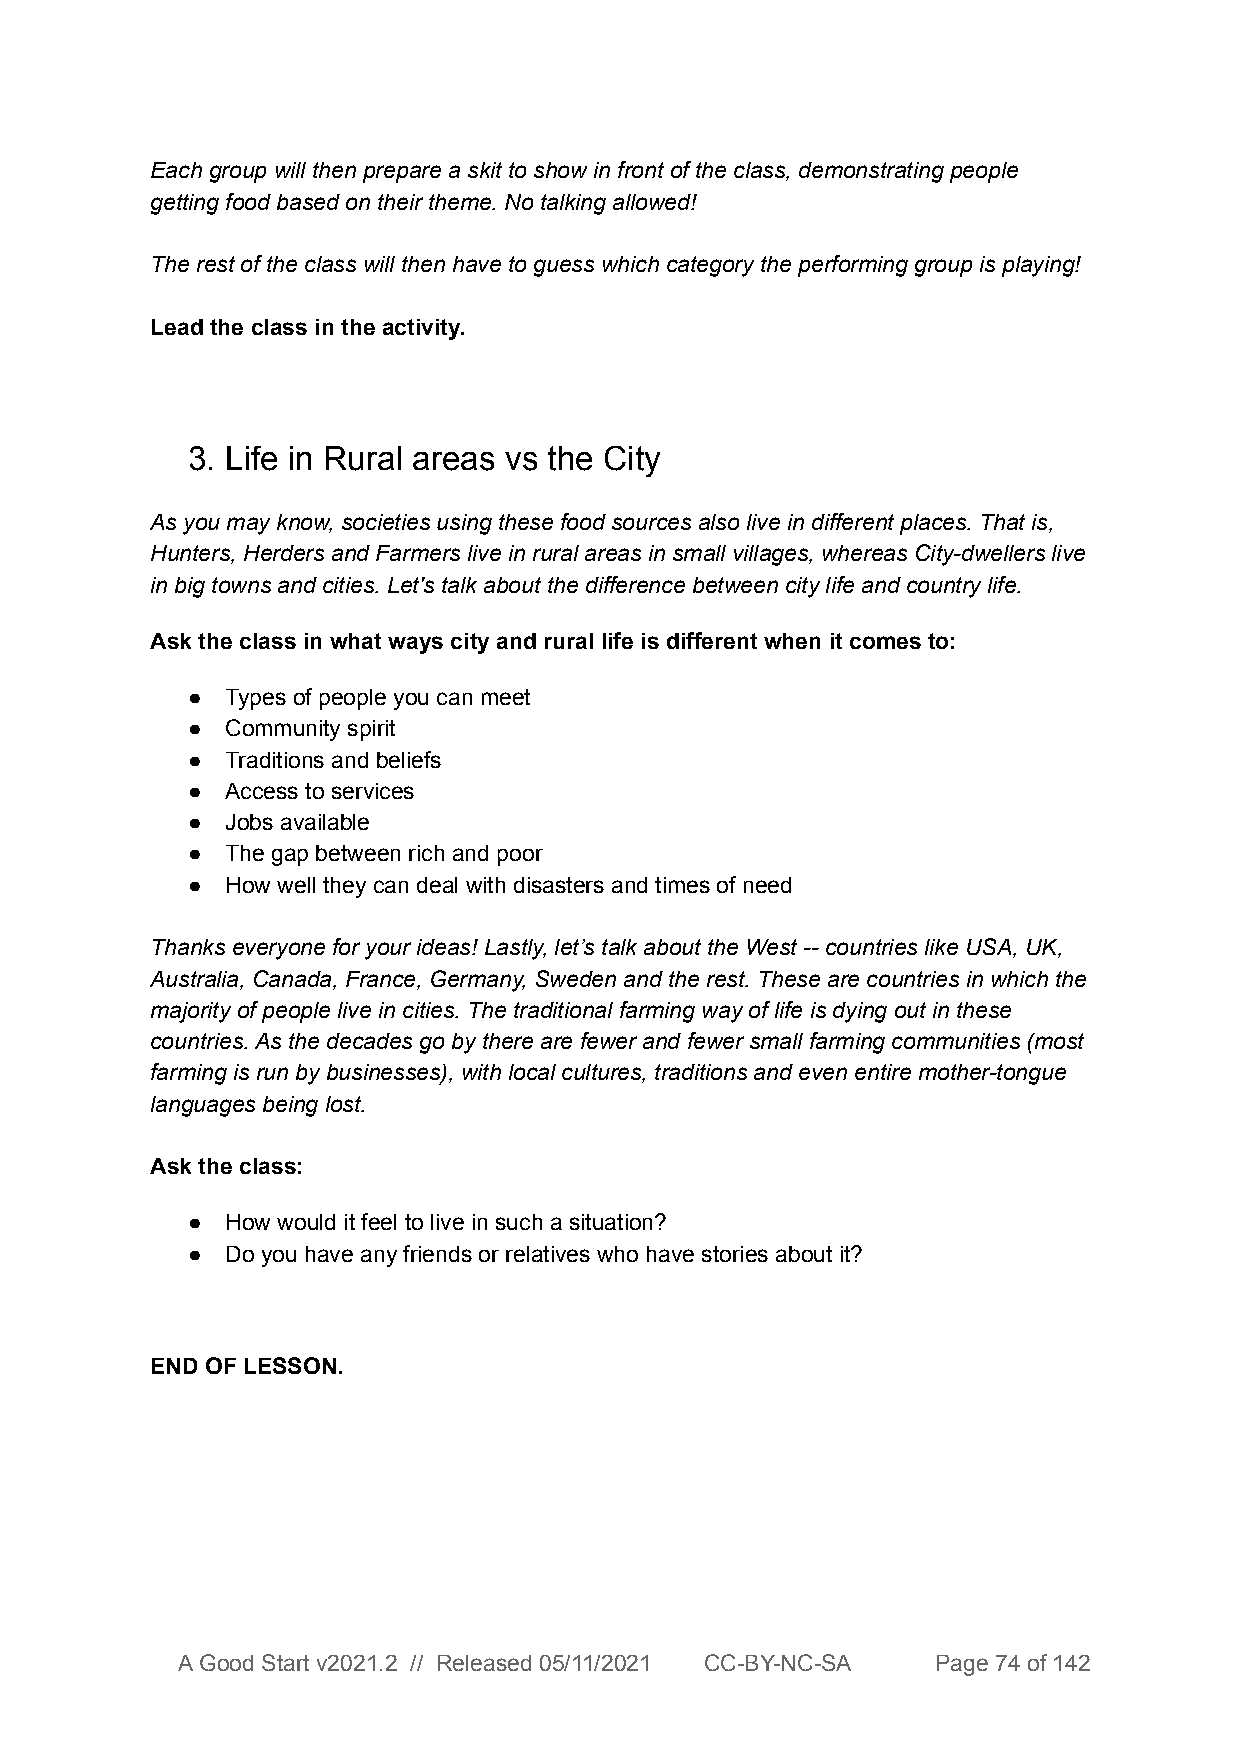
Each group will then prepare a skit to show in front of the class, demonstrating people
 getting food based on their theme. No talking allowed!
 The rest of the class will then have to guess which category the performing group is playing!
 Lead the class in the activity.
 3. Life in Rural areas vs the City
 As you may know, societies using these food sources also live in different places. That is,
 Hunters, Herders and Farmers live in rural areas in small villages, whereas City-dwellers live
 in big towns and cities. Let's talk about the difference between city life and country life.
 Ask the class in what ways city and rural life is different when it comes to:
 ●  Types of people you can meet
 ●  Community spirit
 ●  Traditions and beliefs
 ●  Access to services
 ●  Jobs available
 ●  The gap between rich and poor
 ●  How well they can deal with disasters and times of need
 Thanks everyone for your ideas! Lastly, let’s talk about the West -- countries like USA, UK,
 Australia, Canada, France, Germany, Sweden and the rest. These are countries in which the
 majority of people live in cities. The traditional farming way of life is dying out in these
 countries. As the decades go by there are fewer and fewer small farming communities (most
 farming is run by businesses), with local cultures, traditions and even entire mother-tongue
 languages being lost.
 Ask the class:
 ●  How would it feel to live in such a situation?
 ●  Do you have any friends or relatives who have stories about it?
 END OF LESSON.
 A Good Start v2021.2 // Released 05/11/2021 CC-BY-NC-SA Page 74 of 142